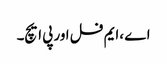
اے ،ایم فل اور پی ایچ۔